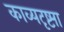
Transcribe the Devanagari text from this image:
काव्यदृष्ट्या